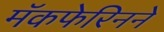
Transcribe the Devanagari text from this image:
मॅकफेरिनने